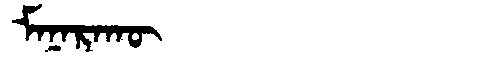
Manchu: ᠮᠠᠨᠠᡵᠠᡴᡡ
Romanization: MANARAKŪ